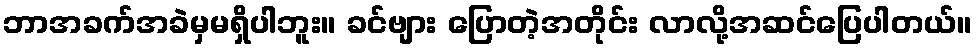
ဘာအခက်အခဲမှမရှိပါဘူး။ ခင်ဗျား ပြောတဲ့အတိုင်း လာလို့အဆင်ပြေပါတယ်။